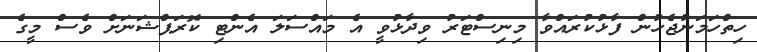
ހިތްހަމަނުޖެހުން ފާޅުކުރައްވާ މިނިސްޓަރު ވިދާޅުވީ އެ މައްސަލަ އެންޓި ކޮރަޕްޝަނަށް ވެސް މީގެ